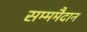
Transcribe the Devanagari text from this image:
सम्ममैदान